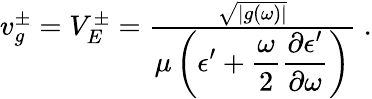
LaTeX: \begin{array}{r}{v_{g}^{\pm}=V_{E}^{\pm}=\frac{\sqrt{|g(\omega)|}}{\displaystyle\mu\left(\epsilon^{\prime}+\frac{\omega}{2}\frac{\partial\epsilon^{\prime}}{\partial\omega}\right)}\; .}\end{array}